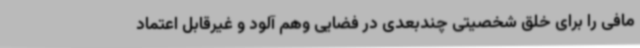
مافی را برای خلق شخصیتی چندبعدی در فضایی وهم آلود و غیرقابل اعتماد